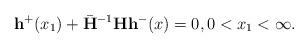
LaTeX: \begin{align*} \mathbf{h}^+(x_1)+\bar{\mathbf{H}}^{-1}\mathbf{H}\mathbf{h}^-(x)=0,0<x_1<\infty.\end{align*}